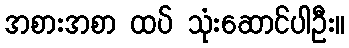
အစားအစာ ထပ် သုံးဆောင်ပါဦး။